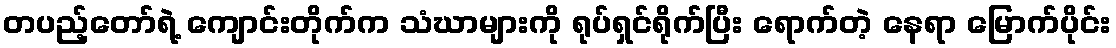
တပည့်တော်ရဲ့ ကျောင်းတိုက်က သံဃာများကို ရုပ်ရှင်ရိုက်ပြီး ရောက်တဲ့ နေရာ မြောက်ပိုင်း